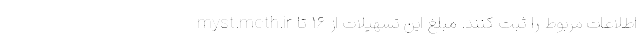
myst.mcth.ir اطلاعات مربوط را ثبت کنند. مبلغ این تسهیلات از ۱۶ تا